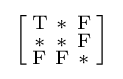
{\Bigl [}{\begin{smallmatrix}\mathrm {T} &\mathrm {*} &\mathrm {F} \\\mathrm {*} &\mathrm {*} &\mathrm {F} \\\mathrm {F} &\mathrm {F} &\mathrm {*} \end{smallmatrix}}{\Bigr ]}